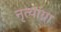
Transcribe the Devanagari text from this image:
नृत्यांग्ना